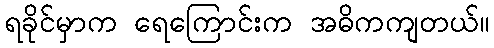
ရခိုင်မှာက ရေကြောင်းက အဓိကကျတယ်။